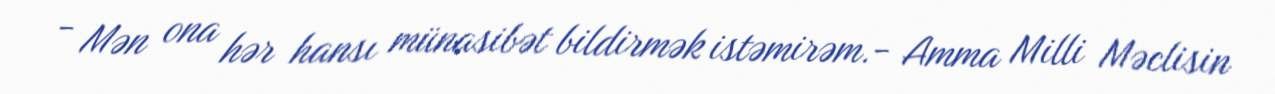
- Mən ona hər hansı münasibət bildirmək istəmirəm.- Amma Milli Məclisin